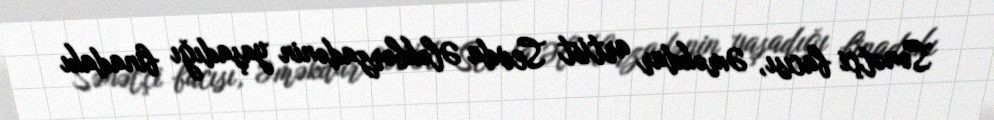
Sənətçi bacısı, Əməkdar artist Sevda Ələkbərzadənin yaşadığı binadakı